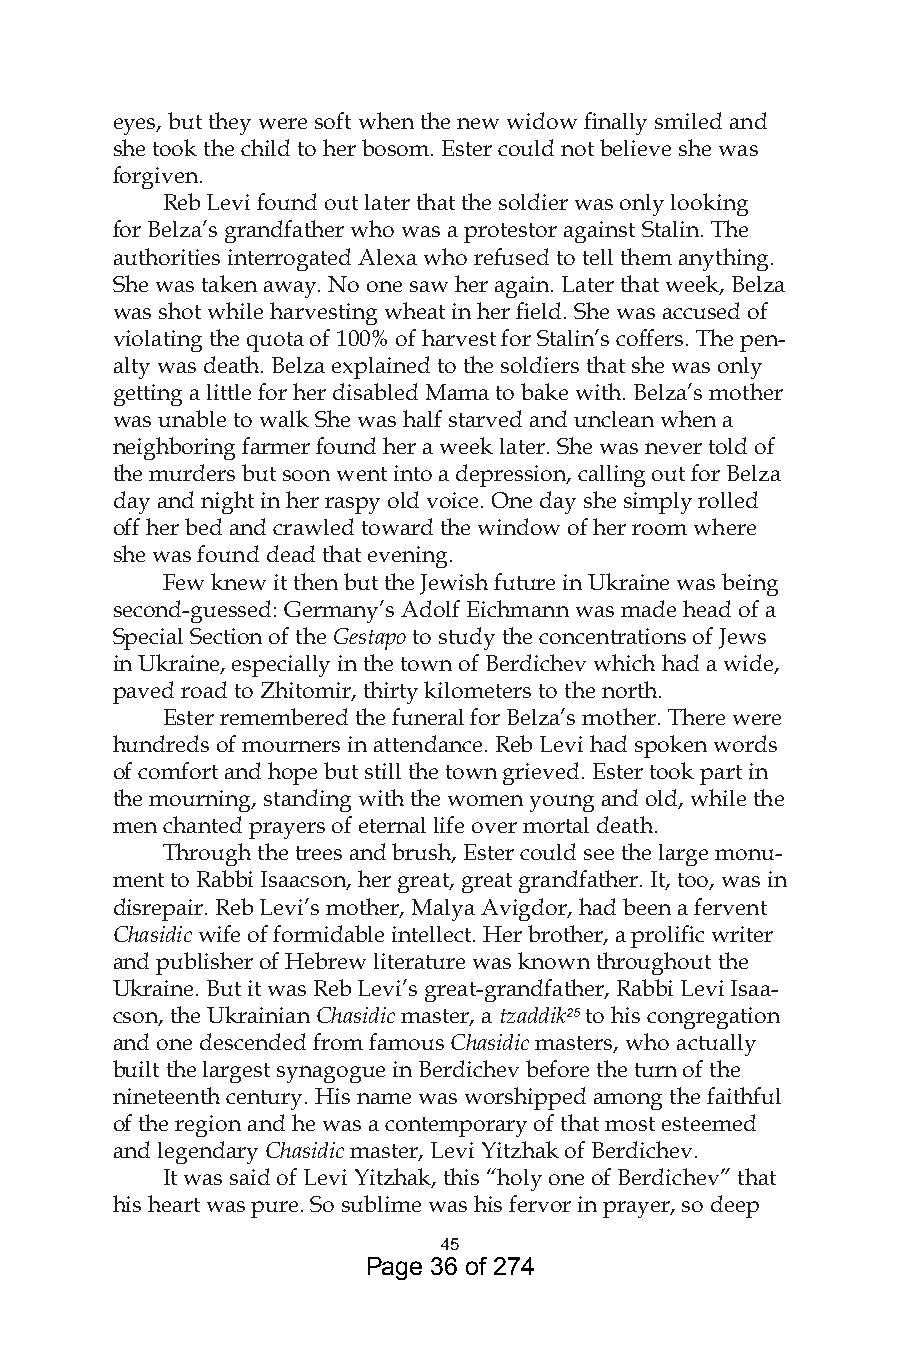
eyes, but they were soft when the new widow finally smiled and
 she took the child to her bosom. Ester could not believe she was
 forgiven.
 Reb Levi found out later that the soldier was only looking
 for Belza’s grandfather who was a protestor against Stalin. The
 authorities interrogated Alexa who refused to tell them anything.
 She was taken away. No one saw her again. Later that week, Belza
 was shot while harvesting wheat in her field. She was accused of
 violating the quota of 100% of harvest for Stalin’s coffers. The pen-
 alty was death. Belza explained to the soldiers that she was only
 getting a little for her disabled Mama to bake with. Belza’s mother
 was unable to walk She was half starved and unclean when a
 neighboring farmer found her a week later. She was never told of
 the murders but soon went into a depression, calling out for Belza
 day and night in her raspy old voice. One day she simply rolled
 off her bed and crawled toward the window of her room where
 she was found dead that evening.
 Few knew it then but the Jewish future in Ukraine was being
 second-guessed: Germany’s Adolf Eichmann was made head of a
 Special Section of the Gestapo to study the concentrations of Jews
 in Ukraine, especially in the town of Berdichev which had a wide,
 paved road to Zhitomir, thirty kilometers to the north.
 Ester remembered the funeral for Belza’s mother. There were
 hundreds of mourners in attendance. Reb Levi had spoken words
 of comfort and hope but still the town grieved. Ester took part in
 the mourning, standing with the women young and old, while the
 men chanted prayers of eternal life over mortal death.
 Through the trees and brush, Ester could see the large monu-
 ment to Rabbi Isaacson, her great, great grandfather. It, too, was in
 disrepair. Reb Levi’s mother, Malya Avigdor, had been a fervent
 Chasidic wife of formidable intellect. Her brother, a prolific writer
 and publisher of Hebrew literature was known throughout the
 Ukraine. But it was Reb Levi’s great-grandfather, Rabbi Levi Isaa-
 cson, the Ukrainian Chasidic master, a tzaddik25 to his congregation
 and one descended from famous Chasidic masters, who actually
 built the largest synagogue in Berdichev before the turn of the
 nineteenth century. His name was worshipped among the faithful
 of the region and he was a contemporary of that most esteemed
 and legendary Chasidic master, Levi Yitzhak of Berdichev.
 It was said of Levi Yitzhak, this “holy one of Berdichev” that
 his heart was pure. So sublime was his fervor in prayer, so deep
 45
 Page 36 of 274